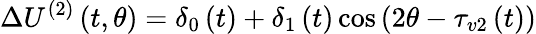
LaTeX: \Delta U^{(2)}\left(t,\theta\right)=\delta_{0}\left(t\right)+\delta_{1}\left(t\right)\cos\left(2\theta-\tau_{v2}\left(t\right)\right)